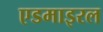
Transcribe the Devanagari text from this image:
एडमाइरल